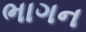
ભાગન